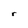
Character: r